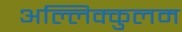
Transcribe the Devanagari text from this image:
अल्लिक्कुलम